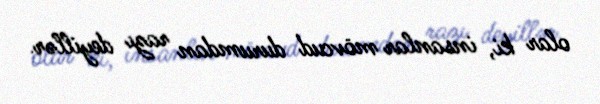
olar ki, insanlar mövcud durumdan razı deyillər.